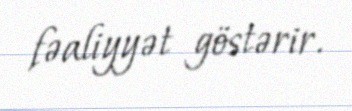
fəaliyyət göstərir.